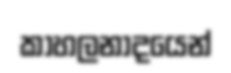
කාහලනාදයෙන්